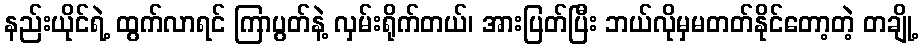
နည်းယိုင်ရဲ့ ထွက်လာရင် ကြာပွတ်နဲ့ လှမ်းရိုက်တယ်၊ အားပြတ်ပြီး ဘယ်လိုမှမတတ်နိုင်တော့တဲ့ တချို့